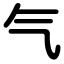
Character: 气